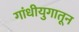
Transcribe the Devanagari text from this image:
गांधीयुगातून